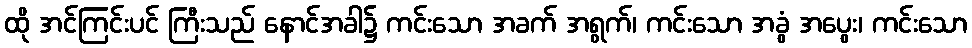
ထို အင်ကြင်းပင် ကြီးသည် နောင်အခါ၌ ကင်းသော အခက် အရွက်၊ ကင်းသော အခွံ အပွေး၊ ကင်းသော